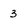
Character: 3